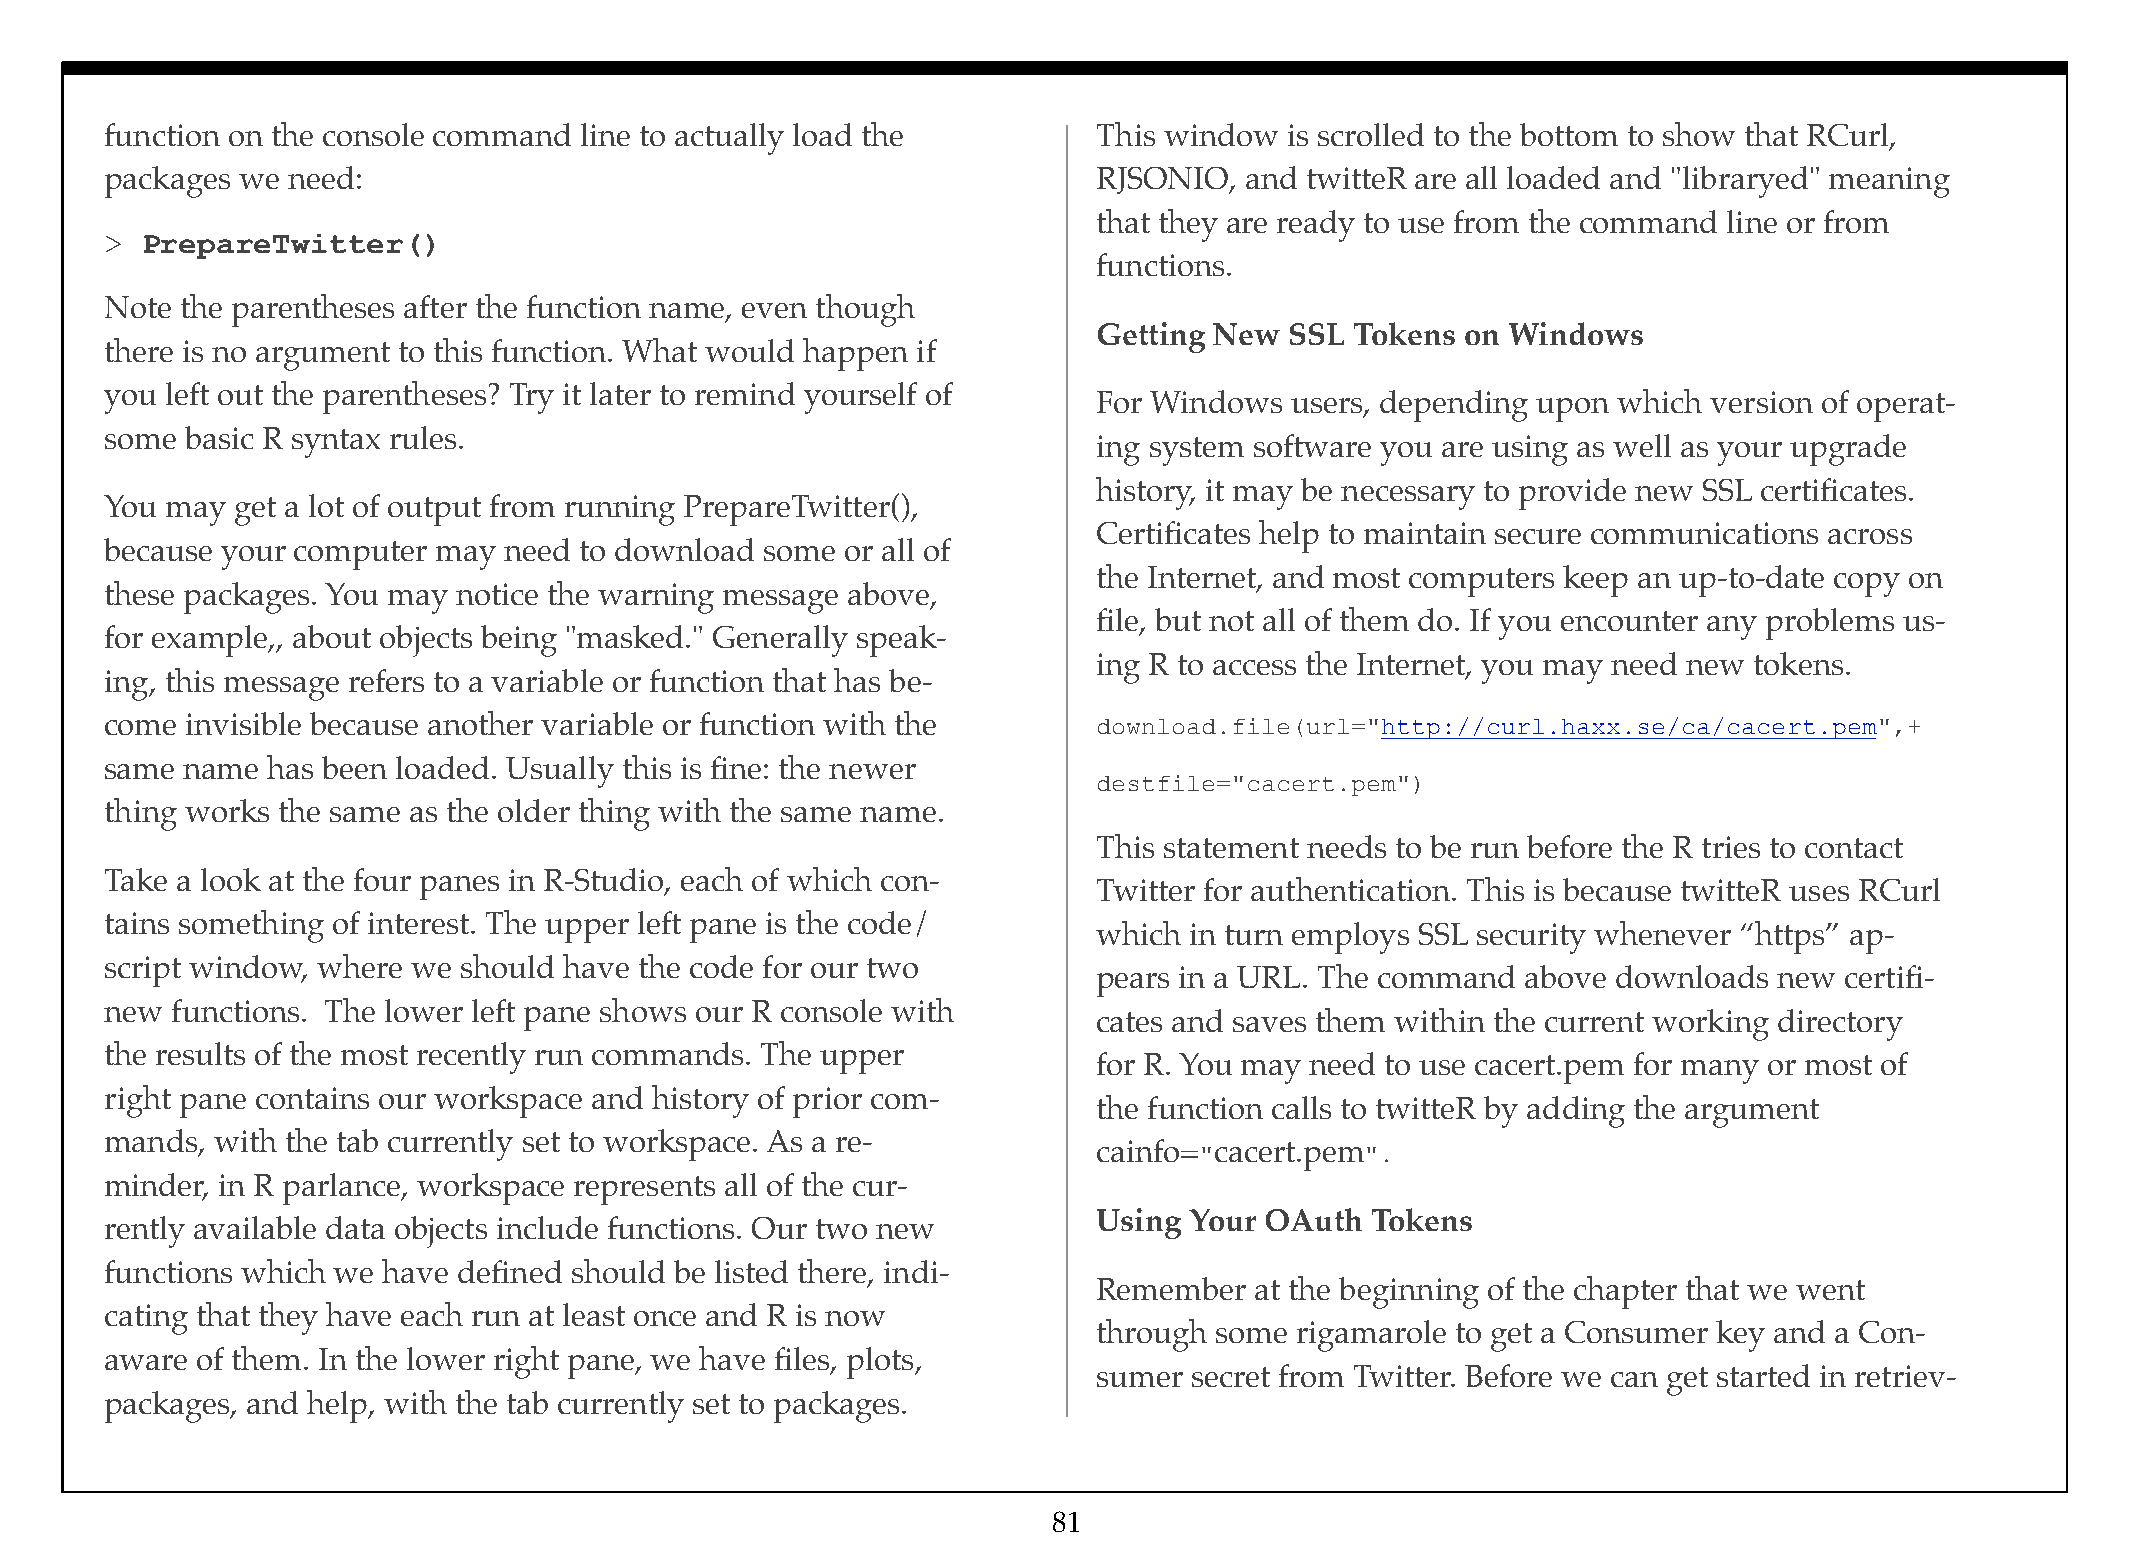
function on the console command line to actually load the         This window is scrolled to the bottom to show that RCurl,
 packages we need:                                                 RJSONIO, and twitteR are all loaded and "libraryed" meaning
 that they are ready to use from the command line or from
 > PrepareTwitter()
 functions.
 Note the parentheses after the function name, even though
 Getting New SSL  Tokens on Windows
 there is no argument to this function. What would happen if
 you left out the parentheses? Try it later to remind yourself of
 For Windows users, depending upon which version of operat-
 some basic R syntax rules.
 ing system software you are using as well as your upgrade
 history, it may be necessary to provide new SSL certificates.
 You may  get a lot of output from running PrepareTwitter(),
 Certificates help to maintain secure communications across
 because your computer may need to download  some or all of
 the Internet, and most computers keep an up-to-date copy on
 these packages. You may notice the warning message above,
 file, but not all of them do. If you encounter any problems us-
 for example,, about objects being "masked." Generally speak-
 ing R to access the Internet, you may need new tokens.
 ing, this message refers to a variable or function that has be-
 come invisible because another variable or function with the      download.file(url="http://curl.haxx.se/ca/cacert.pem",+
 same name  has been loaded. Usually this is fine: the newer
 destfile="cacert.pem")
 thing works the same as the older thing with the same name.
 This statement needs to be run before the R tries to contact
 Take a look at the four panes in R-Studio, each of which con-
 Twitter for authentication. This is because twitteR uses RCurl
 tains something of interest. The upper left pane is the code/
 which in turn employs SSL security whenever “https” ap-
 script window, where we should have the code for our two
 pears in a URL. The command above downloads  new certifi-
 new functions. The lower left pane shows our R console with
 cates and saves them within the current working directory
 the results of the most recently run commands. The upper
 for R. You may need to use cacert.pem for many or most of
 right pane contains our workspace and history of prior com-
 the function calls to twitteR by adding the argument
 mands, with the tab currently set to workspace. As a re-
 cainfo="cacert.pem".
 minder, in R parlance, workspace represents all of the cur-
 Using Your OAuth  Tokens
 rently available data objects include functions. Our two new
 functions which we have defined should be listed there, indi-
 Remember  at the beginning of the chapter that we went
 cating that they have each run at least once and R is now
 through some rigamarole to get a Consumer key and a Con-
 aware of them. In the lower right pane, we have files, plots,
 sumer secret from Twitter. Before we can get started in retriev-
 packages, and help, with the tab currently set to packages.
 81